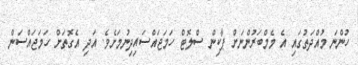
ހުންނަ މުއްދަތުގައި އެ މެމްބަރުންނަށް ޕާކިން ސްލޮޓް ހަމަޖައްސައިދިނުމަށެވެ. އަދި އެގޮތަށް ހަމަޖައްސަން